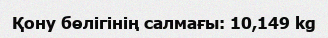
Қону бөлігінің салмағы: 10,149 kg